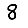
Digit: 8